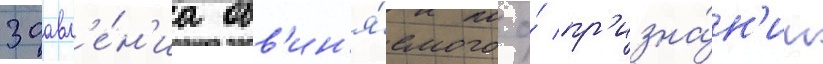
заавл'е́н'иа обв'ин'я́емого о́ пр'изна́н'ии